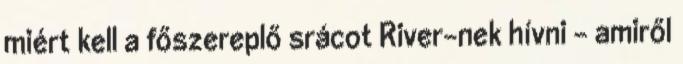
miért kell a főszereplő srácot River-nek hívni - amiről